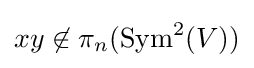
xy\not \in \pi _{n}(\operatorname {Sym} ^{2}(V))